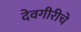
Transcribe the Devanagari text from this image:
देवगीरीचे